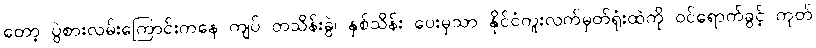
တော့ ပွဲစားလမ်းကြောင်းကနေ ကျပ် တသိန်းခွဲ၊ နှစ်သိန်း ပေးမှသာ နိုင်ငံကူးလက်မှတ်ရုံးထဲကို ဝင်ရောက်ခွင့် ကုတ်